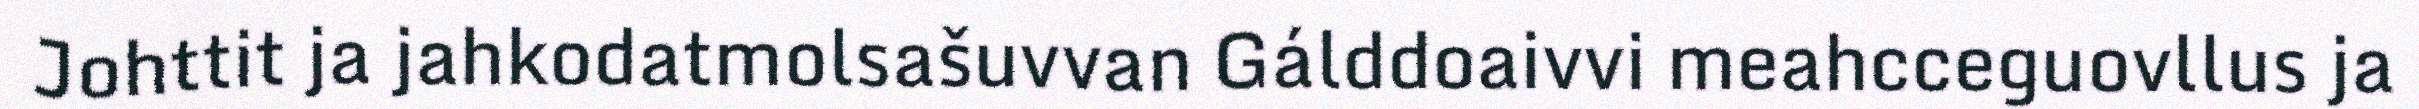
Johttit ja jahkodatmolsašuvvan Gálddoaivvi meahcceguovllus ja